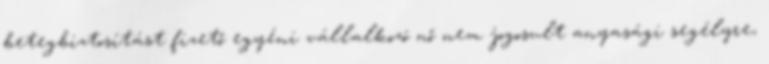
betegbiztosítást fizető egyéni vállalkozó nő nem jogosult anyasági segélyre,